Bréfritari: Guðrún Árnadóttir
Viðtakandi: Björg Jónsdóttir
Dagsetning: A-1885-12-29
Skrifað á: Fífilgerði  Eyf.
Björg var kona Bened. í Tungu

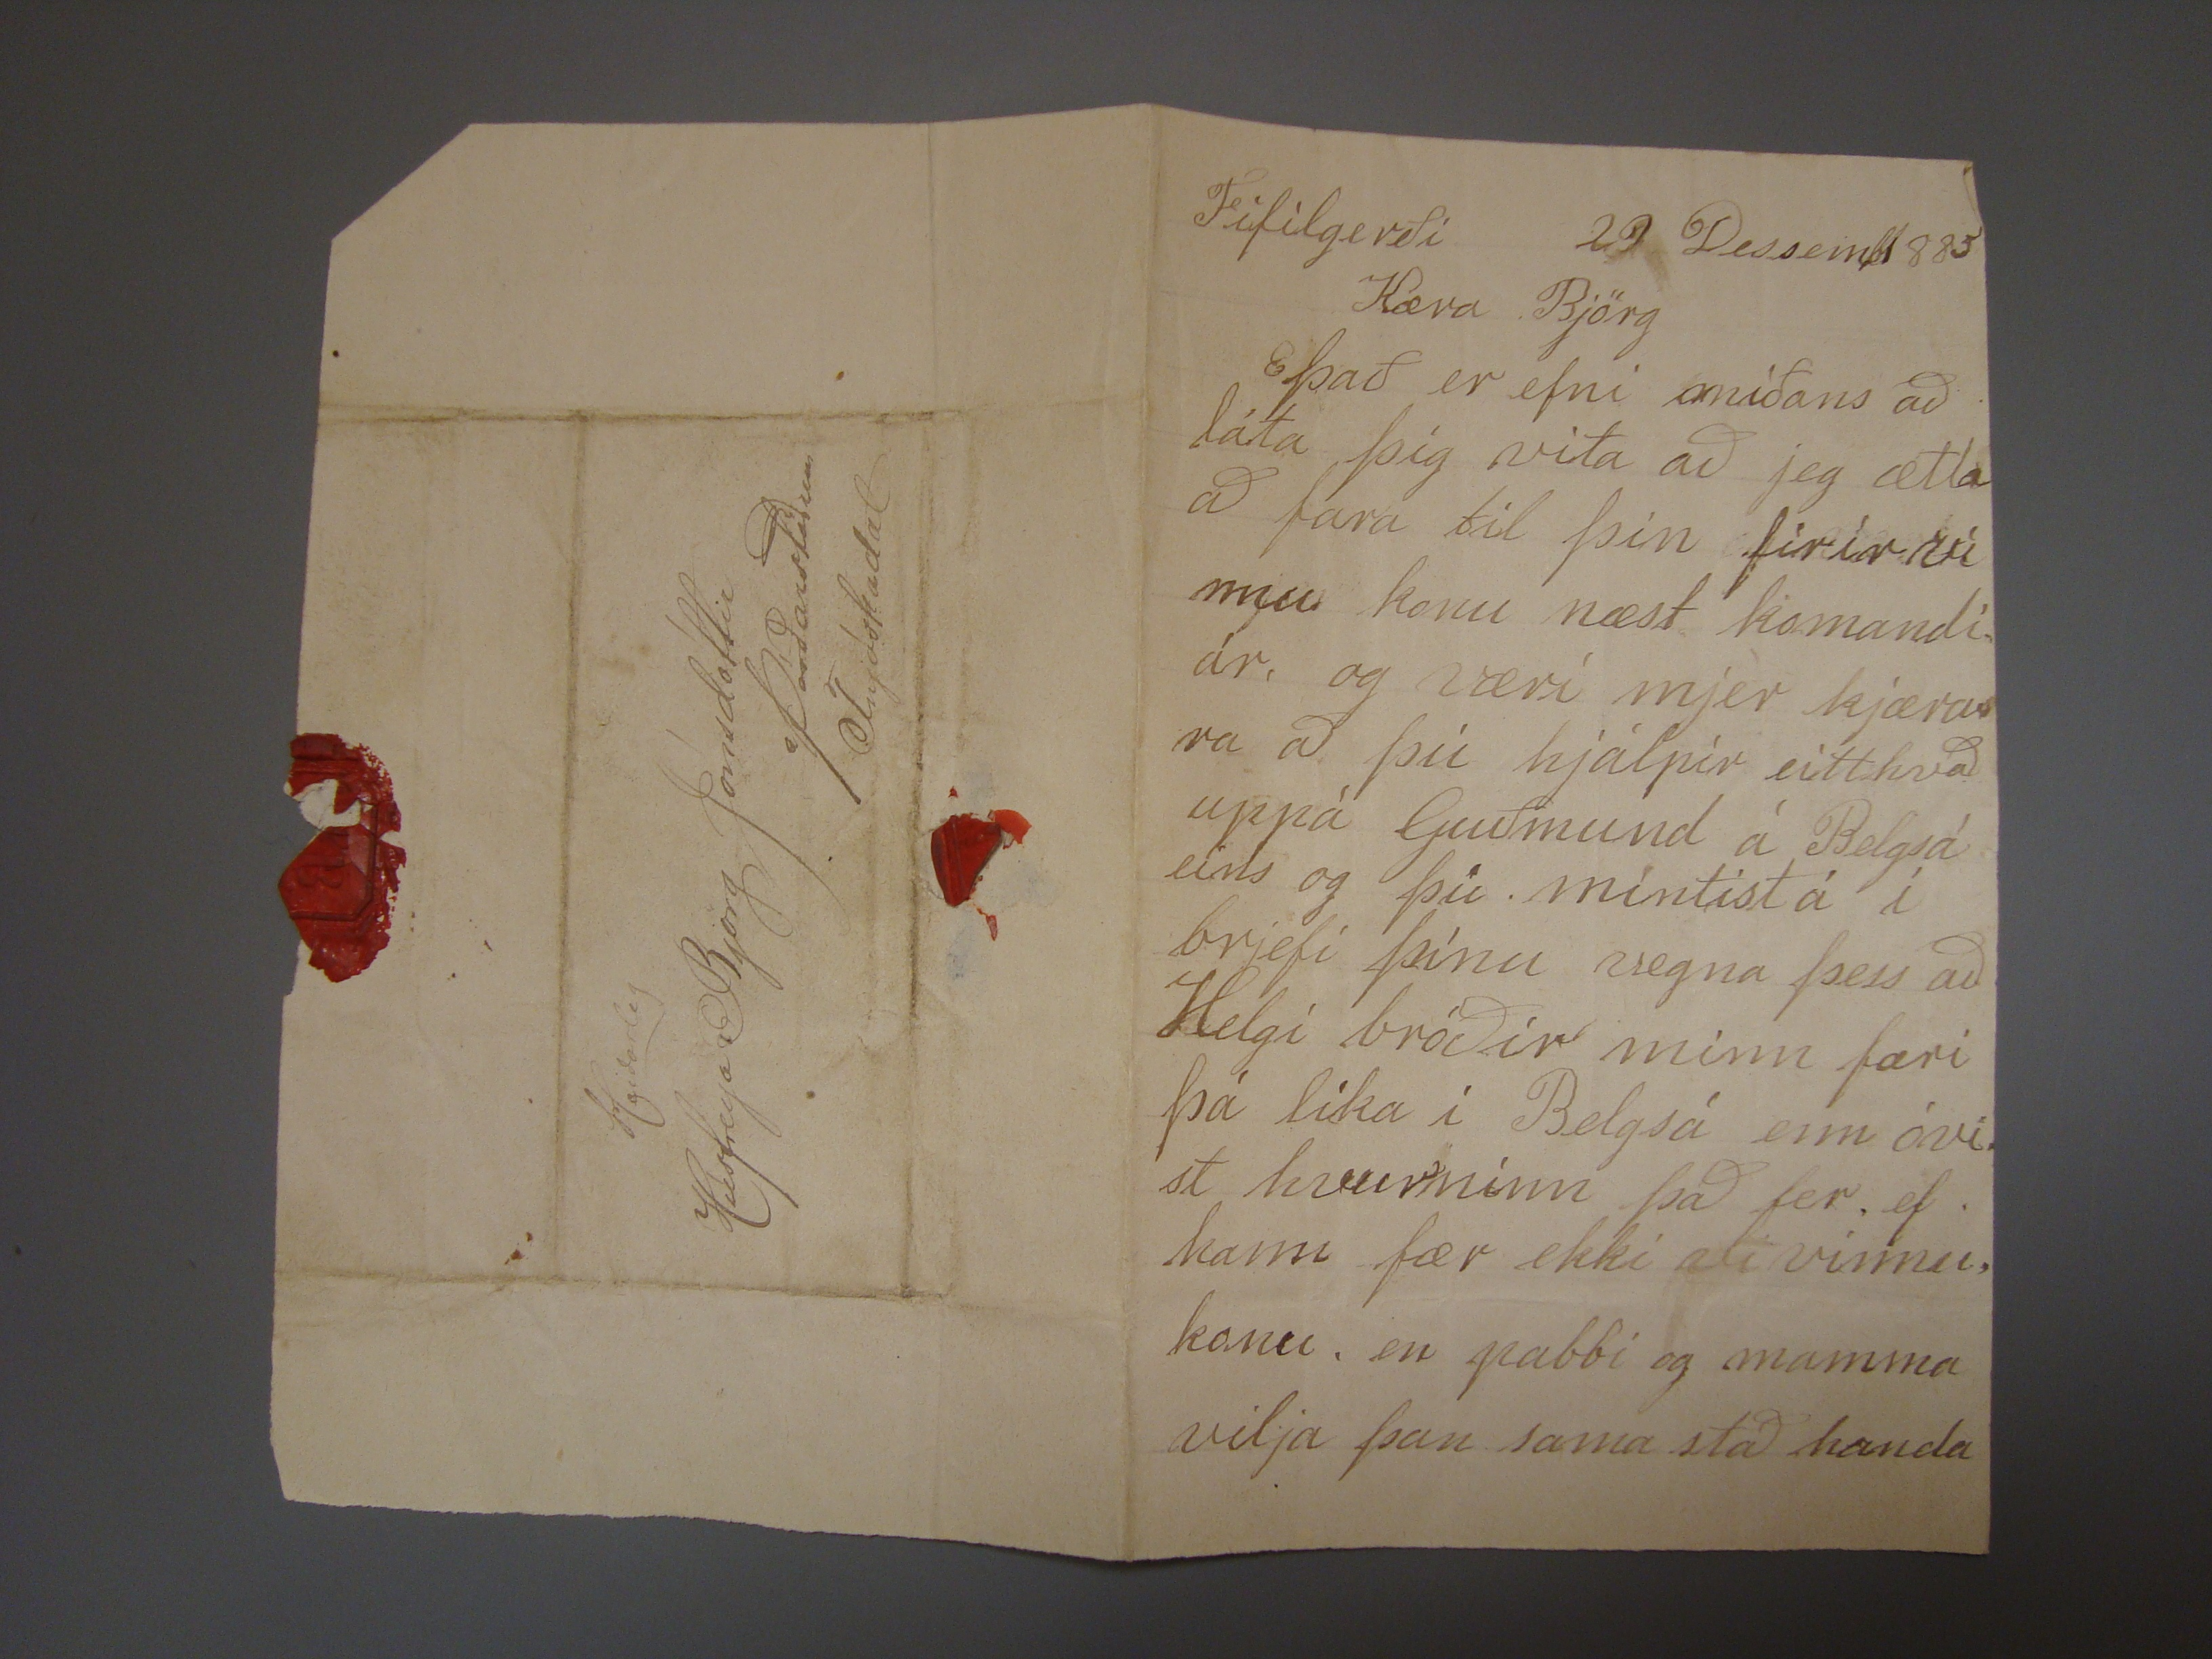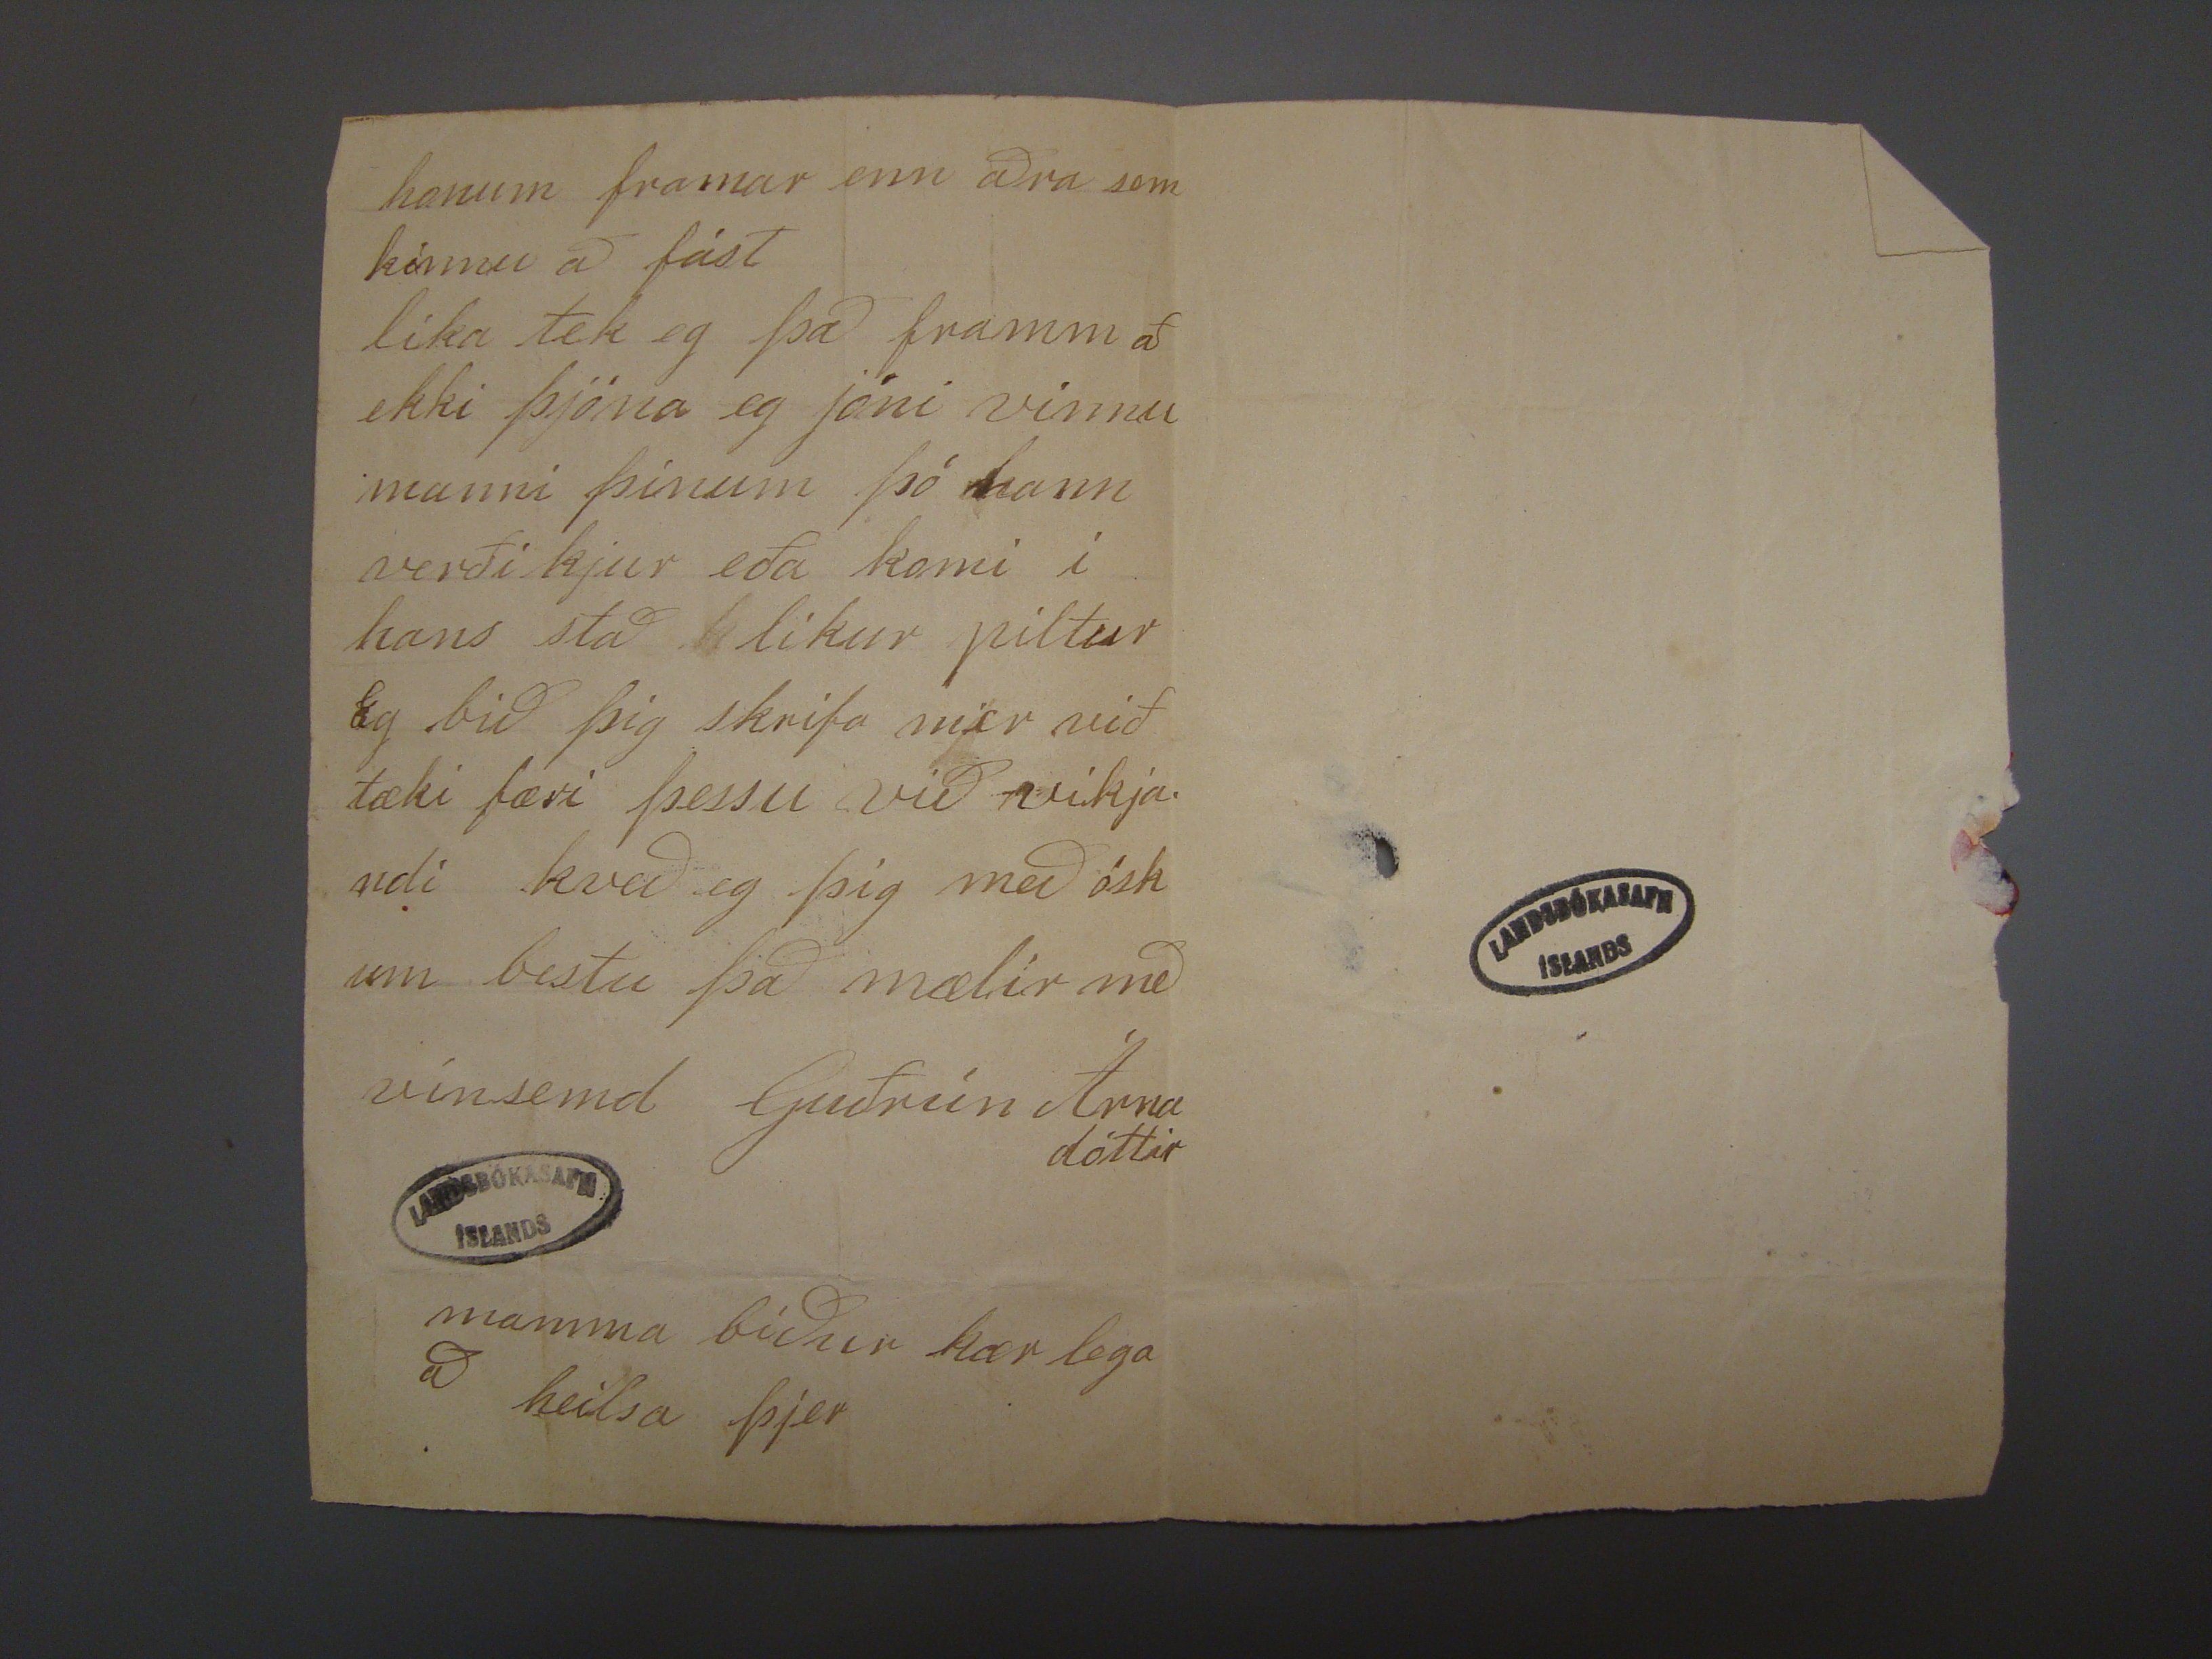

Fífilgerði 29 Dessemb 1885
Kæra Björg
Það er efni miðans að láta þig vita að jeg ætla að fara til þin firir súnnu konu næst komandi ár, og væri mjer kjærara að þú hjálpir eitthvað uppá Guðmund á
Beelgsá eins og þú mintist á í brjefi þínu vegna þess að Helgi bróðir minn færi þá líka í Belgsá enn óvist hvurninn það fer, ef hann fær ekki
rend="overstrike">vi
vinnu, konu, en pabbi og mamma vilja þan sama stað handa
honum framar enn aðra sem kinnu að fást líka tek eg það framm að ekki þjóna eg jóni vinnumanni þínum þó hann verði kjur eða kom í hans stað líkur piltur
Eg bið þig skrifa mer við tæki færi þessu við vikjandi kveð eg þig með óskum bestu það það mælir með vinsemd Guðrún Árnadóttir
mamma biður kær lega að heilsa þjer
Heiðarleg
Húsfreya Björg Jónsdóttir
a/Þórðarstöðum
Fnjóskadal